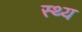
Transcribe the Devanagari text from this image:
स्थ्य